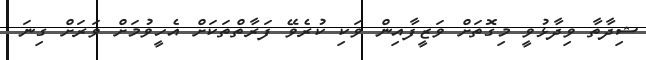
ޝިދާތާ ވިދާޅުވީ މިގޮތަށް ވަޒީފާއިން ވަކި ކުރެވޭ ފަރާތްތަކަށް އެހީވުމަށް ވަރަށް ގިނަ